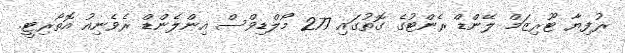
ރުފިޔާ ޓޫރިޒަމް ލޭންޑް ރެންޓުގެ ގޮތުގައި 277 މޯލްޑިވްސް އިންލެންޑް ރެވެނިއު އޮތޯރިޓީ.